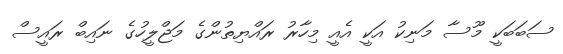
ސަބަބަކީ މޫސާ މަނިކު އަކީ އެއީ މިހާރު ރައްޔިތުންގެ މަޖްލީހުގެ ނައިބް ރައީސް